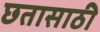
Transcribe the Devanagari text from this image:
छतासाठी